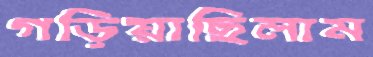
গড়িয়াছিলাম